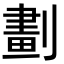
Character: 劃